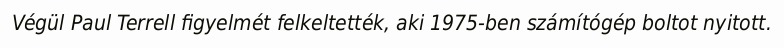
Végül Paul Terrell figyelmét felkeltették, aki 1975-ben számítógép boltot nyitott.